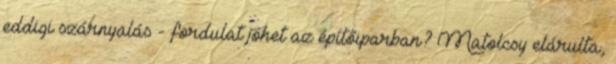
eddigi szárnyalás - fordulat jöhet az építőiparban? Matolcsy elárulta,